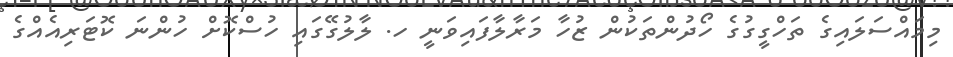
މިމައްސަަލައިގެ ތަހްގީގުގެ ހޯދުންތަކުން ޒުހާ މަރާލާފައިވަނީ ހ. ލާލުުގޭގައި ހުސްކޮށް ހުންނަ ކޮޓަރިއެއްގެ